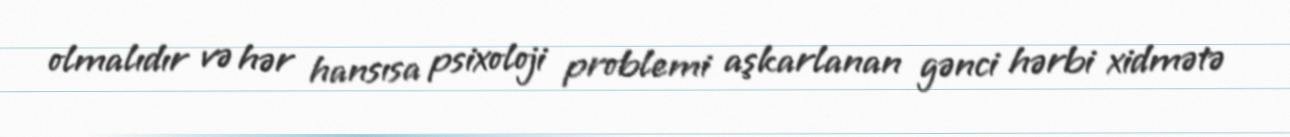
olmalıdır və hər hansısa psixoloji problemi aşkarlanan gənci hərbi xidmətə